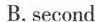
B.second